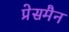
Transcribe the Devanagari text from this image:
प्रेसमैन